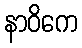
နာဝိကေ